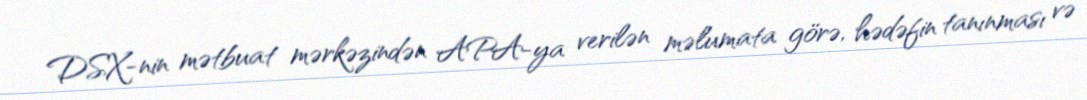
DSX-nin mətbuat mərkəzindən APA-ya verilən məlumata görə, hədəfin tanınması və